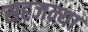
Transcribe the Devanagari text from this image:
सहजन्या